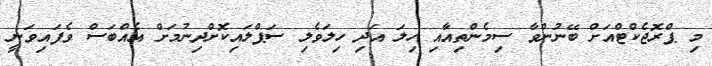
މި ޕްރޮޖެކްޓްއަށް ބޭނުންވާ ސިމެންތިއާއި ހިލަ އަދި ހިލަވެލި ސަޕްލައިކޮށްދިނުމަށް އެއްބަސް ވެފައިވަނީ